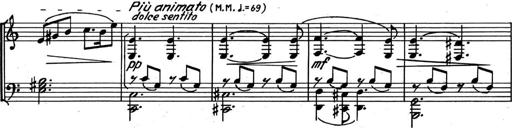
Title: Kleine Sonate
Composer: Raoul Koczalski
Key: C major